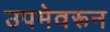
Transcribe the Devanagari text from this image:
उपमेवरून